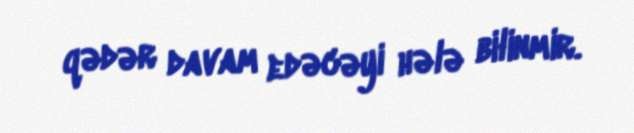
qədər davam edəcəyi hələ bilinmir.